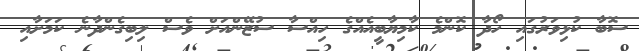
ސޮބާ ކުޅިވަރުގައި ހޯދާ ކޮންމެ ކާމިޔާބީއެއްގެ ހިއްސާ ސުޒޭންއަށް ވެސް ލިބިގެންދާނެ ކަމަށާއި